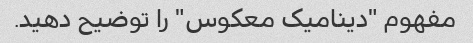
مفهوم "دینامیک معکوس" را توضیح دهید.